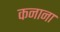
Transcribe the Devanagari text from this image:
कनाना